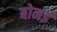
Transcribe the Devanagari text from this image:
बोनई